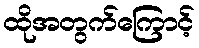
ထိုအတွက်ကြောင့်